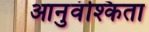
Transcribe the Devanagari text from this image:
आनुवंश्किता